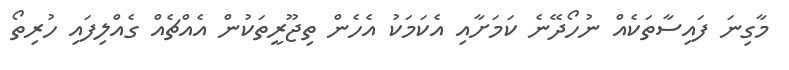
މާގިނަ ފައިސާތަކެއް ނުހޯދޭނެ ކަމަށާއި އެކަމަކު އެހެން ތިޖޫރީތަކުން އެއްޗެއް ގެއްލިފައި ހުރިތޯ